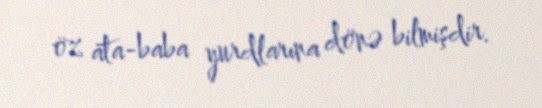
öz ata-baba yurdlarına dönə bilmişdir.